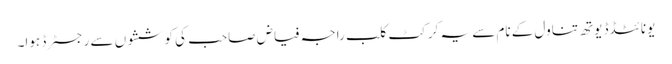
یونائٹڈڈ یوتھ تناول کے نام سے یہ کرکٹ کلب راجہ فیاض صاحب کی کوششوں سے رجسٹرڈ ہوا۔